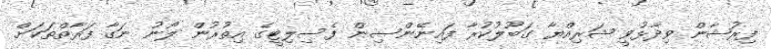
ފިރުޝާން ވިދާޅުވީ ޝަރިއްޔާ ގަބޫލުކުރާ ފައިނޭންސިން ފެސިލިޓީގެ އިތުރުން ލޯނު ނަގާ ފަރާތްތަކަށް